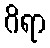
ဂိရာ